Medical and sanitary report of the native army of Madras for the year
Year: 1872
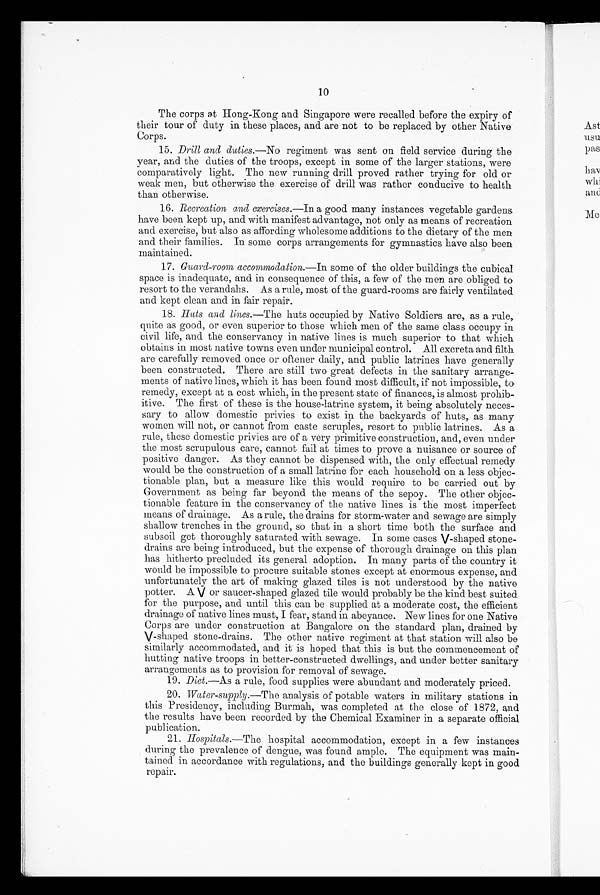
10
The corps at Hong-Kong and Singapore were recalled before the expiry of
their tour of duty in these places, and are not to be replaced by other Native
Corps.
15. Drill and duties .—No regiment was sent on field service during the
year, and the duties of the troops, except in some of the larger stations, were
comparatively light. The new running drill proved rather trying for old or
weak men, but otherwise the exercise of drill was rather conducive to health
than otherwise.
16. Recreation and exercises .—In a good many instances vegetable gardens
have been kept up, and with manifest advantage, not only as means of recreation
and exercise, but also as affording wholesome additions to the dietary of the men
and their families. In some corps arrangements for gymnastics have also been
maintained.
17. Guard-room accommodation .—In some of the older buildings the cubical
space is inadequate, and in consequence of this, a few of the men are obliged to
resort to the verandahs. As a rule, most of the guard-rooms are fairly ventilated
and kept clean and in fair repair.
18. Huts and lines .—The huts occupied by Native Soldiers are, as a rule,
quite as good, or even superior to those which men of the same class occupy in
civil life, and the conservancy in native lines is much superior to that which
obtains in most native towns even under municipal control. All excreta and filth
are carefully removed once or oftener daily, and public latrines have generally
been constructed. There are still two great defects in the sanitary arrange
- m e n t s o f n a t i v e l i n e s , w h i c h i t h a s b e e n f o u n d m o s t d i f f i c u l t , i f n o t i m p o s s i b l e , t o
remedy, except at a cost which, in the present state of finances, is almost prohib
-itive. The first of these is the house-latrine system, it being absolutely neces
- s a r y t o a l l o w d o m e s t i c p r i v i e s t o e x i s t i n t h e b a c k y a r d s o f h u t s , a s m a n y
women will not, or cannot from caste scruples, resort to public latrines. As a
rule, these domestic privies are of a very primitive construction, and, even under
the most scrupulous care, cannot fail at times to prove a nuisance or source of
positive danger. As they cannot be dispensed with, the only effectual remedy
would be the construction of a small latrine for each household on a less objec
- t i o n a b l e p l a n , b u t a m e a s u r e l i k e t h i s w o u l d r e q u i r e t o b e c a r r i e d o u t b y
Government as being far beyond the means of the sepoy. The other objec
- t i o n a b l e f e a t u r e i n t h e c o n s e r v a n c y o f t h e n a t i v e l i n e s i s t h e m o s t i m p e r f e c t
means of drainage. As a rule, the drains for storm-water and sewage are simply
shallow trenches in the ground, so that in a short time both the surface and
subsoil get thoroughly saturated with sewage. In some cases V-shaped stone
- d r a i n s a r e b e i n g i n t r o d u c e d , b u t t h e e x p e n s e o f t h o r o u g h d r a i n a g e o n t h i s p l a n
has hitherto precluded its general adoption. In many parts of the country it
would be impossible to procure suitable stones except at enormous expense, and
unfortunately the art of making glazed tiles is not understood by the native
potter. A V or saucer-shaped glazed tile would probably be the kind best suited
for the purpose, and until this can be supplied at a moderate cost, the efficient
drainage of native lines must, I fear, stand in abeyance. New lines for one Native
Corps are under construction at Bangalore on the standard plan, drained by
V-shaped stone-drains. The other native regiment at that station will also be
similarly accommodated, and it is hoped that this is but the commencement of
hutting native troops in better-constructed dwellings, and under better sanitary
arrangements as to provision for removal of sewage.
1 9 .D
i e t.
— A s
a r u l e , f o o d s u p p l i e s w e r e a b u n d a n t a n d m o d e r a t e l y p r i c e d .
20. Water-supply .—The analysis of potable waters in military stations in
this Presidency, including Burmah, was completed at the close of 1872, and
the results have been recorded by the Chemical Examiner in a separate official
publication.
21. Hospitals .—The hospital accommodation, except in a few instances
during the prevalence of dengue, was found ample. The equipment was main
- t a i n e d i n a c c o r d a n c e w i t h r e g u l a t i o n s , a n d t h e b u i l d i n g s g e n e r a l l y k e p t i n g o o d
repair.